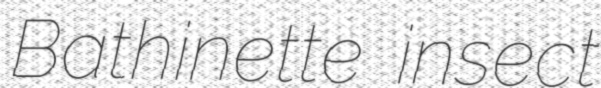
Bathinette insect